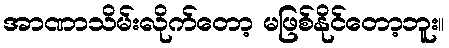
အာဏာသိမ်းလိုက်တော့ မဖြစ်နိုင်တော့ဘူး။